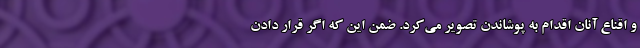
و اقناع آنان اقدام به پوشاندن تصویر می‌کرد. ضمن این که اگر قرار دادن